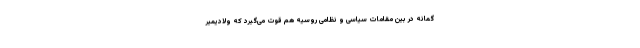
گمانه در بین مقامات سیاسی و نظامی روسیه هم قوت می‌گیرد که ولادیمیر